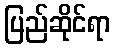
ပြည်ဆိုင်ရာ